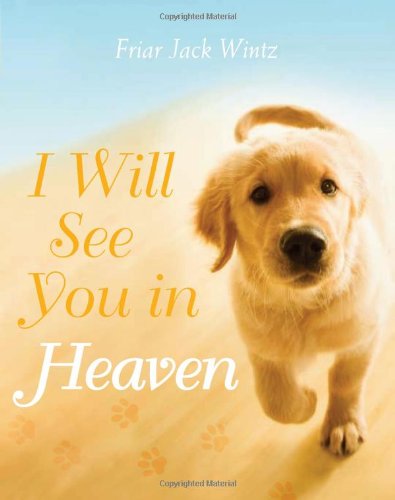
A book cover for I Will See You in Heaven; Jack Wintz; Crafts, Hobbies & Home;